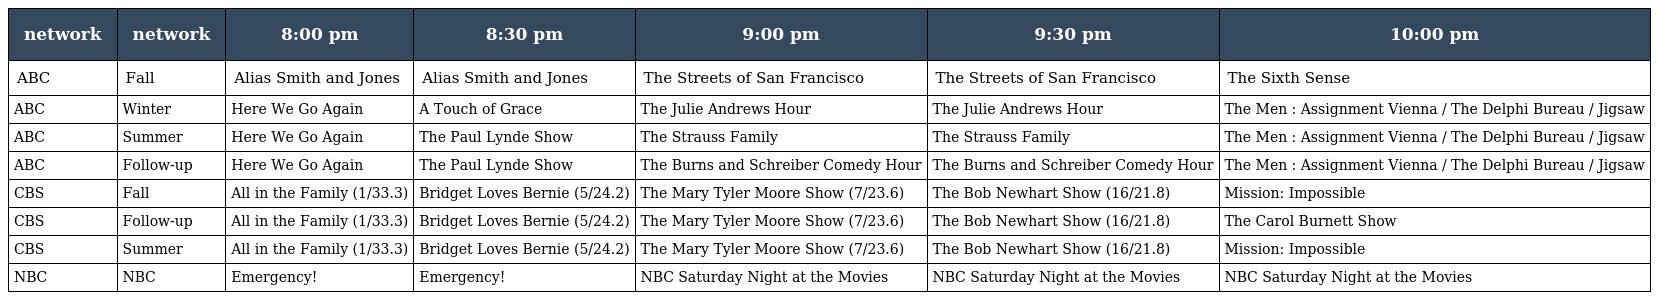
| network | network | 8:00 pm | 8:30 pm | 9:00 pm | 9:30 pm | 10:00 pm |
 | --- | --- | --- | --- | --- | --- | --- |
 | ABC | Fall | Alias Smith and Jones | Alias Smith and Jones | The Streets of San Francisco | The Streets of San Francisco | The Sixth Sense |
 | ABC | Winter | Here We Go Again | A Touch of Grace | The Julie Andrews Hour | The Julie Andrews Hour | The Men : Assignment Vienna / The Delphi Bureau / Jigsaw |
 | ABC | Summer | Here We Go Again | The Paul Lynde Show | The Strauss Family | The Strauss Family | The Men : Assignment Vienna / The Delphi Bureau / Jigsaw |
 | ABC | Follow-up | Here We Go Again | The Paul Lynde Show | The Burns and Schreiber Comedy Hour | The Burns and Schreiber Comedy Hour | The Men : Assignment Vienna / The Delphi Bureau / Jigsaw |
 | CBS | Fall | All in the Family (1/33.3) | Bridget Loves Bernie (5/24.2) | The Mary Tyler Moore Show (7/23.6) | The Bob Newhart Show (16/21.8) | Mission: Impossible |
 | CBS | Follow-up | All in the Family (1/33.3) | Bridget Loves Bernie (5/24.2) | The Mary Tyler Moore Show (7/23.6) | The Bob Newhart Show (16/21.8) | The Carol Burnett Show |
 | CBS | Summer | All in the Family (1/33.3) | Bridget Loves Bernie (5/24.2) | The Mary Tyler Moore Show (7/23.6) | The Bob Newhart Show (16/21.8) | Mission: Impossible |
 | NBC | NBC | Emergency! | Emergency! | NBC Saturday Night at the Movies | NBC Saturday Night at the Movies | NBC Saturday Night at the Movies |